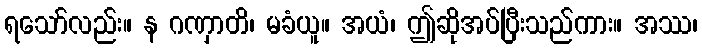
ရသော်လည်း။ န ဂဏှာတိ၊ မခံယူ။ အယံ၊ ဤဆိုအပ်ပြီးသည်ကား။ အဿ၊